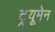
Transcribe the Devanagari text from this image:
ट्र्यूमेन